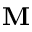
\mathbf { M }